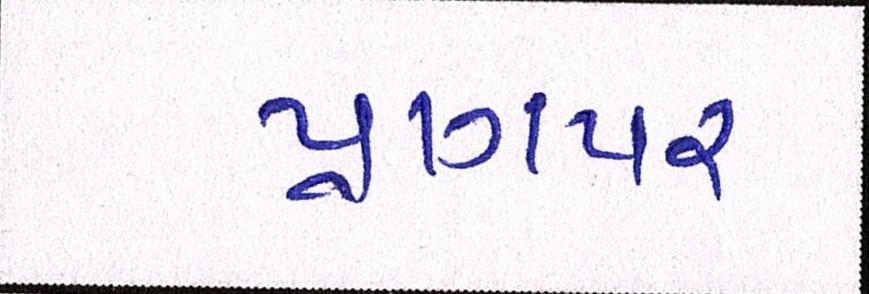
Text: પ્રાગપર